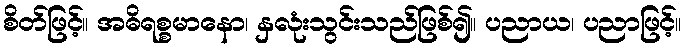
စိတ်ဖြင့်။ အဓိရစ္စမာနော၊ နှလုံးသွင်းသည်ဖြစ်၍။ ပညာယ၊ ပညာဖြင့်။